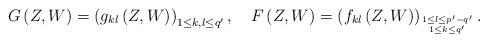
LaTeX: \begin{align*} G\left(Z,W\right)= \left(g_{kl}\left(Z,W\right)\right)_{1\leq k,l\leq q'},\quad F\left(Z,W\right)= \left(f_{kl}\left(Z,W\right)\right)_{1\leq l\leq p'-q' \atop 1\leq k \leq q' }. \end{align*}